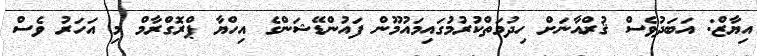
އިޔާޒް: އަބަދުވެސް ޤުރްއާނަށް ހިދުމަތްކުރުމުގައިމައުމޫން ފައުންޑޭޝަންގެ އިހްޔާ ޕްރޮގްރާމް މި އަހަރު ވެސް